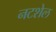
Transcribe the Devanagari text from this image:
नटशेल